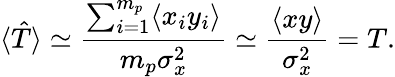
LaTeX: \langle\hat{T}\rangle\simeq\frac{\sum_{i=1}^{m_{p}}\langle x_{i}y_{i}\rangle}{m_{p}\sigma_{x}^{2}}\simeq\frac{\langle xy\rangle}{\sigma_{x}^{2}}=T.